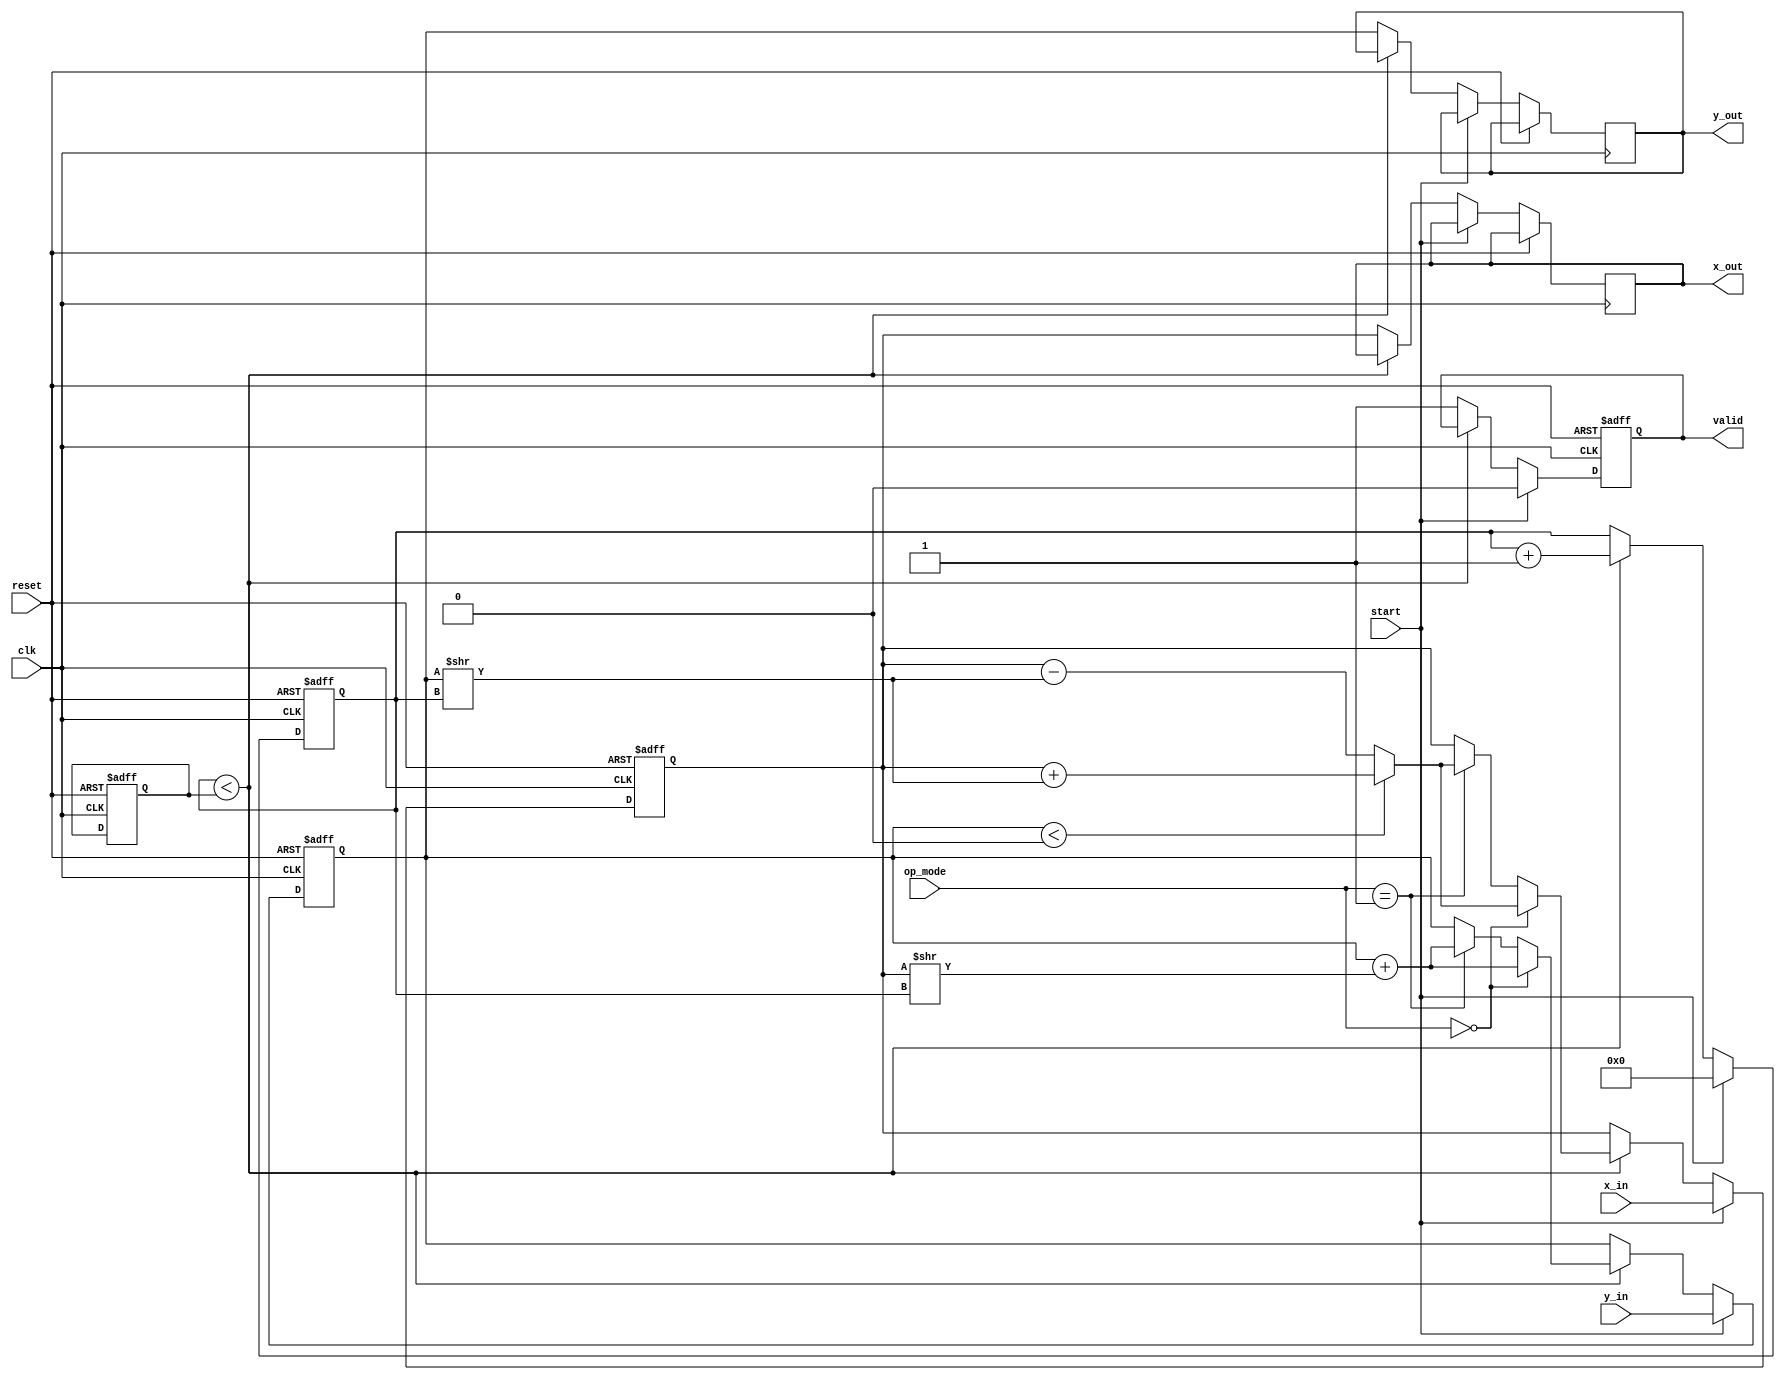
module cordic_fp (
    input wire clk,
    input wire reset,
    input wire [31:0] x_in,    // IEEE 754 Floating Point Input X
    input wire [31:0] y_in,    // IEEE 754 Floating Point Input Y
    input wire [1:0] op_mode,  // Operation mode: 00 = rotation, 01 = vectoring
    input wire start,
    output reg [31:0] x_out,    // Output X
    output reg [31:0] y_out,    // Output Y
    output reg valid            // Operation completion signal
);

    reg [31:0] x, y;
    reg [31:0] angle_accumulator;
    reg [4:0] iteration_count; // Number of iterations
    reg [4:0] i;               // Iteration index
    reg [31:0] arctan_table [0:15]; // Lookup table for arctan values

    // Initialize arctan_table for CORDIC (in radians scaled by 2^30)
    initial begin
        arctan_table[0] = 32'h3F000000; // atan(1) = pi/4
        arctan_table[1] = 32'h3E2AAAAA; // atan(0.5) = pi/6
        arctan_table[2] = 32'h3E000000; // atan(0.25) = pi/8
        arctan_table[3] = 32'h3D555555; // atan(0.1) = approx
        // Add more values as needed...
    end

    // State machine for CORDIC operation
    always @(posedge clk or posedge reset) begin
        if (reset) begin
            x <= 32'b0;
            y <= 32'b0;
            angle_accumulator <= 32'b0;
            valid <= 1'b0;
            iteration_count <= 5'd16; // Number of iterations
            i <= 5'b0;
        end else if (start) begin
            x <= x_in;
            y <= y_in;
            angle_accumulator <= 32'b0;
            valid <= 1'b0;
            i <= 5'b0; // Reset iteration index
        end else if (i < iteration_count) begin
            // CORDIC rotation or vectoring
            if (op_mode == 2'b00) begin // Rotation mode
                if (y < 32'b0) begin
                    x <= x + (y >> i);
                    y <= y + (x >> i);
                    angle_accumulator <= angle_accumulator - arctan_table[i];
                end else begin
                    x <= x - (y >> i);
                    y <= y + (x >> i);
                    angle_accumulator <= angle_accumulator + arctan_table[i];
                end
            end else if (op_mode == 2'b01) begin // Vectoring mode
                if (y < 32'b0) begin
                    x <= x + (y >> i);
                    y <= y + (x >> i);
                    angle_accumulator <= angle_accumulator - arctan_table[i];
                end else begin
                    x <= x - (y >> i);
                    y <= y + (x >> i);
                    angle_accumulator <= angle_accumulator + arctan_table[i];
                end
            end
            i <= i + 1'b1; // Increment iteration index
        end else begin
            valid <= 1'b1; // Indicate operation is complete
            x_out <= x;    // Output X
            y_out <= y;    // Output Y
        end
    end

endmodule